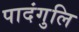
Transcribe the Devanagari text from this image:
पादंगुलि